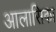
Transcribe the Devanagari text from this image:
आलासिका